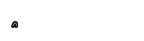
٢